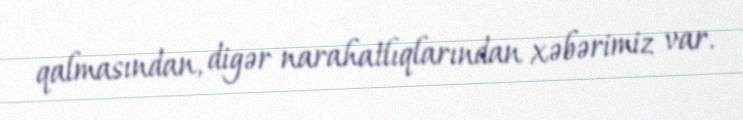
qalmasından, digər narahatlıqlarından xəbərimiz var.